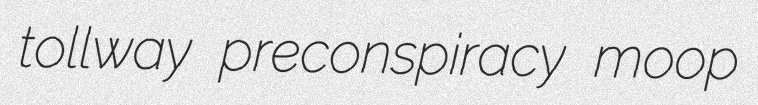
tollway preconspiracy moop